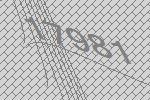
17981